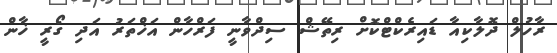
ރާހުލް ދޮލާކިއާ ޑައިރެކްޓްކޮށް ރިތޭޝް ސިދްވާނީ ފަރްހާން އަޚްތަރު އަދި ގޯރީ ޚާން